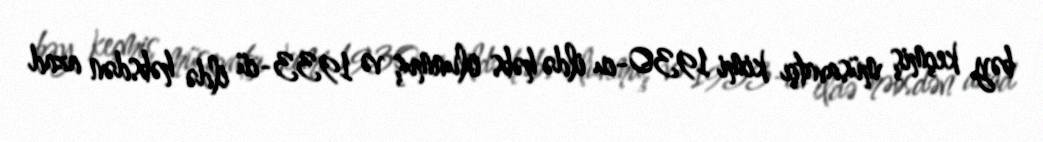
bəy keçmiş müsavatçı kimi 1930-cu ildə həbs olunmuş və 1933-cü ildə həbsdən azad